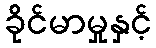
ခိုင်မာမှုနှင့်